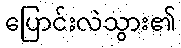
ပြောင်းလဲသွား၏